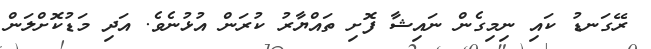
ރޭގަނޑު ކައި ނިމިގެން ނައިޝާ ފޮށި ތައްޔާރު ކުރަން އުޅުނެވެ. އަދި މަޑުކޮށްލަން